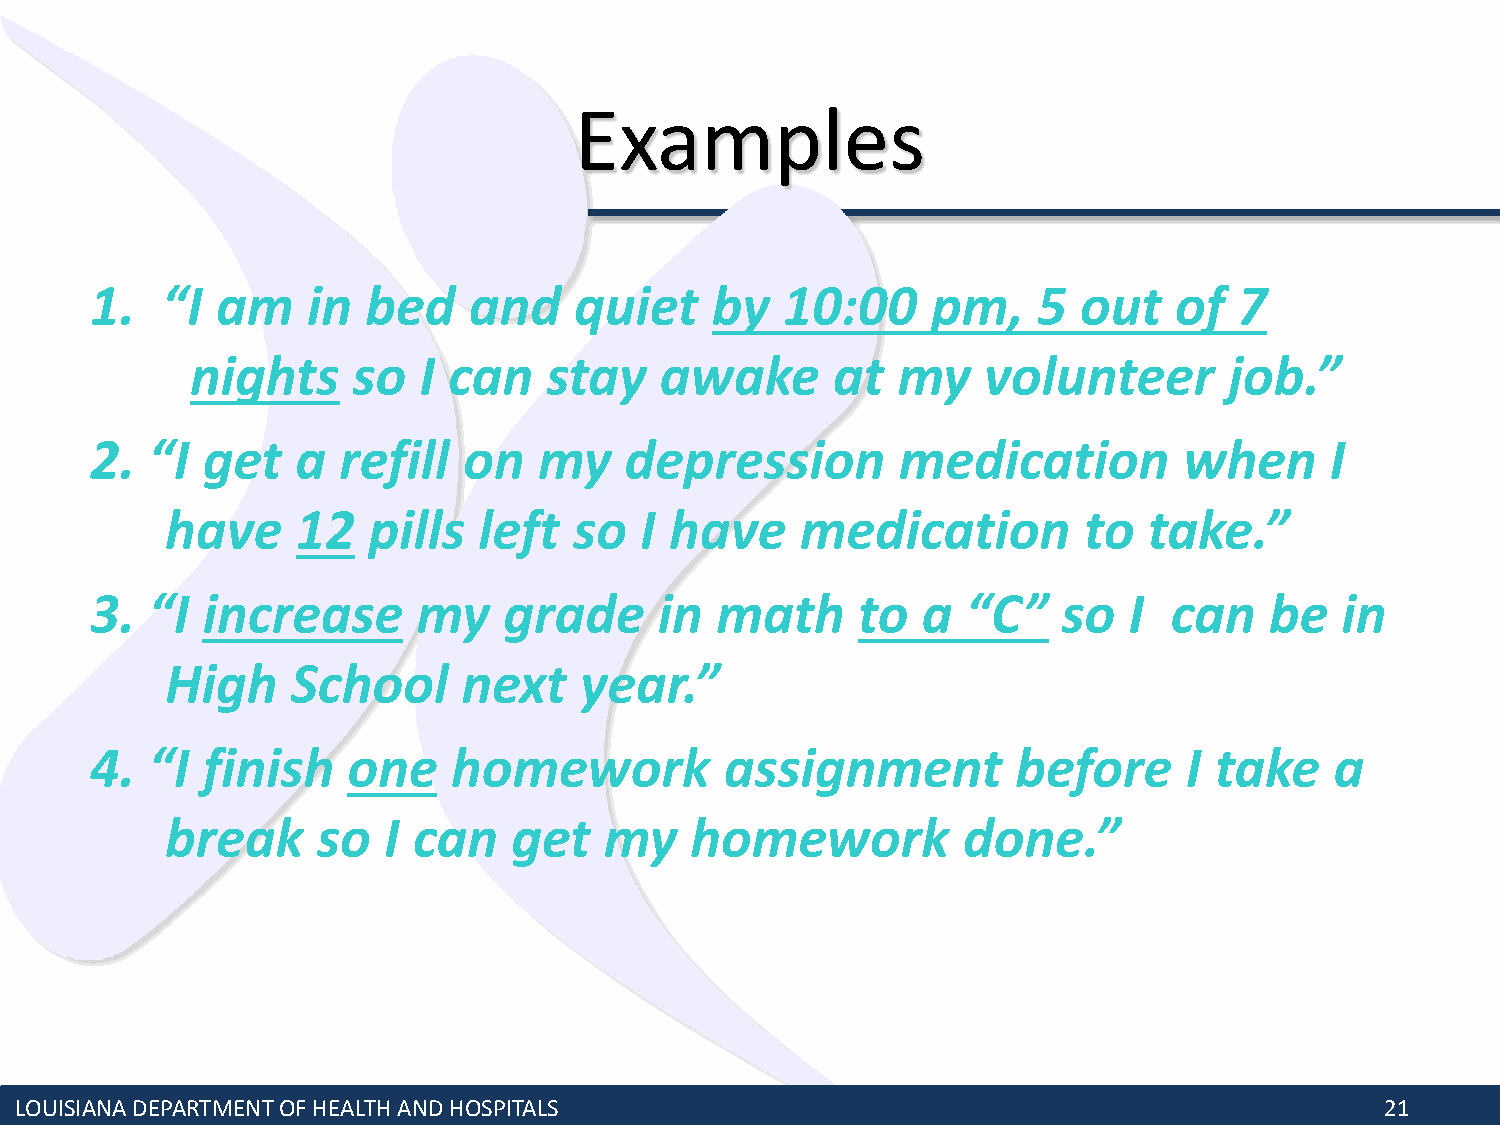
Examples
 1.   “I am    in  bed    and    quiet    by   10:00     pm,    5  out   of  7
 nights    so   I can   stay    awake      at  my    volunteer       job.”
 2.  “I get    a refill   on   my   depression         medication        when      I
 have     12  pills   left  so  I have     medication         to  take.”
 3.  “I increase       my   grade      in math      to  a  “C”   so   I  can   be   in
 High    School      next   year.”
 4.  “I finish    one    homework          assignment         before      I take   a
 break     so  I can    get   my    homework          done.”
 LOUISIANA DEPARTMENT OF HEALTH AND HOSPITALS                                               21